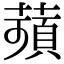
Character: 𦹗